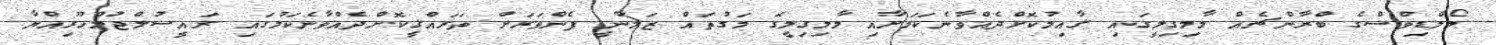
މޯލްޑިވްސްގެ ބްރާންޗެއް މާމިގިލީގައި ޤާއިމުކޮށްދެއްވާނެކަމަށާއި މާމިގިލީގެ މަގުތައް ޒަމާނީ ފެންވަރަށް ތަރައްޤީކޮށްދެއްވާނެކަމުގައި ރައީސުލްޖުމްހޫރިއްޔާ